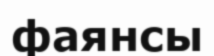
фаянсы